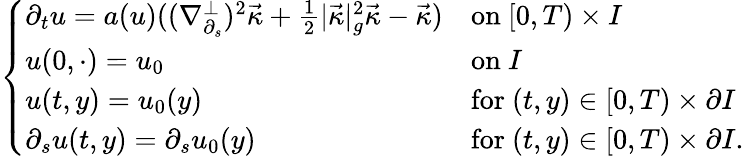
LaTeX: \left\{ \begin{array}{ll}{\partial_{t}u=a(u)((\nabla_{\partial_{s}}^{\perp})^{2}\vec{\kappa}+\frac{1}{2}|\vec{\kappa}|_{g}^{2}\vec{\kappa}-\vec{\kappa})}&{\mathrm{on~}[0,T)\times I}\\ {u(0,\cdot)=u_{0}}&{\mathrm{on~}I}\\ {u(t,y)=u_{0}(y)}&{\mathrm{for~}(t,y)\in[0,T)\times\partial I}\\ {\partial_{s}u(t,y)=\partial_{s}u_{0}(y)}&{\mathrm{for~}(t,y)\in[0,T)\times\partial I.}\end{array}\right.